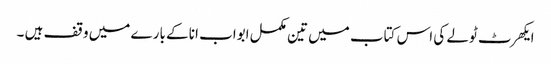
ایکھرٹ ٹولے کی اس کتاب میں تین مکمل ابواب انا کے بارے میں وقف ہیں ۔